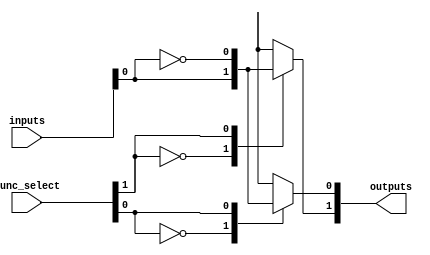
module combinational_logic_block #(
    parameter N = 4, // Number of input signals
    parameter M = 2  // Number of output signals
)(
    input  wire [N-1:0]  inputs,      // Input signals
    input  wire [M-1:0]  func_select,  // Function select for each output
    output wire [M-1:0]  outputs       // Output signals
);

// Function definitions
function [N-1:0] logic_function;
    input [N-1:0] in;
    input [2:0] func; // 3-bit function select
    begin
        case (func)
            3'b000: logic_function = in; // Identity
            3'b001: logic_function = ~in; // NOT
            3'b010: logic_function = in[0] & in[1]; // AND
            3'b011: logic_function = in[0] | in[1]; // OR
            3'b100: logic_function = ~(in[0] & in[1]); // NAND
            3'b101: logic_function = ~(in[0] | in[1]); // NOR
            3'b110: logic_function = in[0] ^ in[1]; // XOR
            3'b111: logic_function = ~(in[0] ^ in[1]); // XNOR
            default: logic_function = {N{1'b0}}; // Default case
        endcase
    end
endfunction

// Generate outputs based on function selection
genvar i;
generate
    for (i = 0; i < M; i = i + 1) begin : output_logic
        assign outputs[i] = logic_function(inputs, func_select[i]);
    end
endgenerate

endmodule